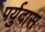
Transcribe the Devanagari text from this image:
पर्युदास